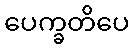
ပေက္ခတိပေ